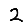
Digit: 2